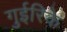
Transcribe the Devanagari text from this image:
गुईरिके